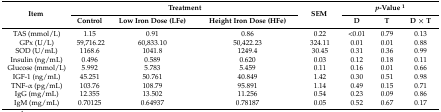
| <ROWSPAN=2> Item | <COLSPAN=3> Treatment | <ROWSPAN=2> SEM | <COLSPAN=3> p-Value 1 |
 | Control | Low Iron Dose (LFe) | Height Iron Dose (HFe) | D | T | D × T |
 | --- | --- | --- | --- | --- | --- | --- | --- |
 | TAS (mmol/L) | 1.15 | 0.91 | 0.86 | 0.22 | <0.01 | 0.79 | 0.13 |
 | GPx (U/L) | 59,716.22 | 60,833.10 | 50,422.23 | 324.11 | 0.01 | 0.01 | 0.88 |
 | SOD (U/mL) | 1168.6 | 1041.8 | 1249.4 | 30.45 | 0.31 | 0.36 | 0.99 |
 | Insulin (ng/mL) | 0.496 | 0.589 | 0.620 | 0.03 | 0.12 | 0.18 | 0.11 |
 | Glucose (mmol/L) | 5.992 | 5.783 | 5.459 | 0.11 | 0.16 | 0.01 | 0.66 |
 | IGF-1 (ng/mL) | 45.251 | 50.761 | 40.849 | 1.42 | 0.30 | 0.51 | 0.98 |
 | TNF-α (pg/mL) | 103.76 | 108.79 | 95.891 | 1.14 | 0.49 | 0.15 | 0.71 |
 | IgG (mg/mL) | 12.355 | 13.502 | 11.256 | 0.54 | 0.23 | 0.09 | 0.86 |
 | IgM (mg/mL) | 0.70125 | 0.64937 | 0.78187 | 0.05 | 0.52 | 0.67 | 0.17 |